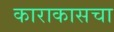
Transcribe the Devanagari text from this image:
काराकासचा